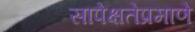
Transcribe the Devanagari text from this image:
सापेक्षतेप्रमाणे